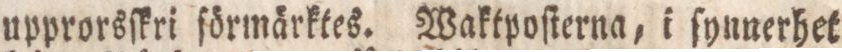
upprorsſkri förmärktes. Waktpoſterna, i ſynnerhet